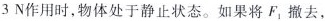
3N作用时，物体处于静止状态。如果将F_{1}撤去，